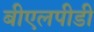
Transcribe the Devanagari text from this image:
बीएलपीडी